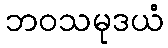
ဘဝသမုဒယံ